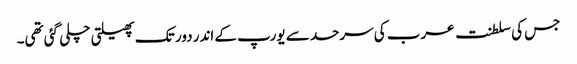
جس کی سلطنت عرب کی سرحد سے یورپ کے اندر دور تک پھیلتی چلی گئی تھی۔